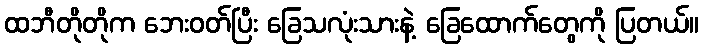
ထဘီတိုတိုက ဘေးဝတ်ပြီး ခြေသလုံးသားနဲ့ ခြေထောက်တွေကို ပြတယ်။